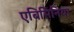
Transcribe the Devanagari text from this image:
एबिसिनिया